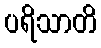
ပရိသာတိ